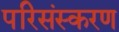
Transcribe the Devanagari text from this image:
परिसंस्करण